Report on the lunatic asylums under the Government of Bombay - 1904-1913
Year: 1904
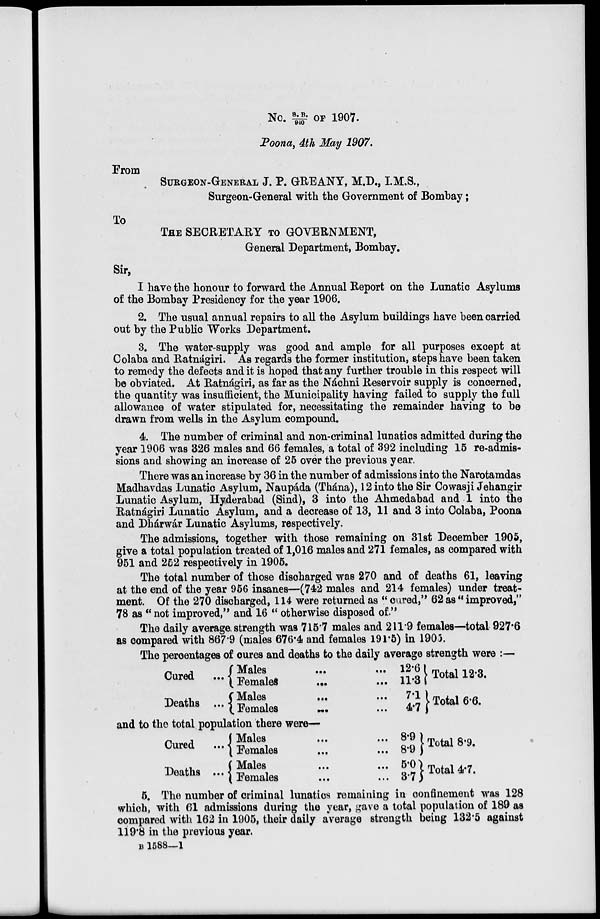
No. S.B/940 OF 1907.
Poona, 4th May 1907.
From
SURGEON-GENERAL J. P. GREANY, M.D., I.M.S.,
Surgeon-General with the Government of Bombay;
To
THE SECRETARY TO GOVERNMENT,
General Department, Bombay.
Sir,
I have the honour to forward the Annual Report on the Lunatic Asylums
of the Bombay Presidency for the year 1906.
2. The usual annual repairs to all the Asylum buildings have been carried
out by the Public Works Department.
3. The water-supply was good and ample for all purposes except at
Colaba and Ratnágiri. As regards the former institution, steps have been taken
to remedy the defects and it is hoped that any further trouble in this respect will
be obviated. At Ratnágiri, as far as the Náchni Reservoir supply is concerned,
the quantity was insufficient, the Municipality having failed to supply the full
allowance of water stipulated for, necessitating the remainder having to be
drawn from wells in the Asylum compound.
4. The number of criminal and non-criminal lunatics admitted during the
year 1906 was 326 males and 66 females, a total of 392 including 15 re-admis-
sions and showing an increase of 25 over the previous year.
There was an increase by 36 in the number of admissions into the Narotamdas
Madhavdas Lunatic Asylum, Naupáda (Thána), 12 into the Sir Cowasji Jehangir
Lunatic Asylum, Hyderabad (Sind), 3 into the Ahmedabad and 1 into the
Ratnágiri Lunatic Asylum, and a decrease of 13, 11 and 3 into Colaba, Poona
and Dhárwár Lunatic Asylums, respectively.
The admissions, together with those remaining on 31st December 1905,
give a total population treated of 1,016 males and 271 females, as compared with
951 and 252 respectively in 1905.
The total number of those discharged was 270 and of deaths 61, leaving
at the end of the year 956 insanes—(742 males and 214 females) under treat-
ment. Of the 270 discharged, 114 were returned as "cured,'' 62 as ''improved,"
78 as '' not improved," and 16 " otherwise disposed of."
The daily average strength was 715.7 males and 211.9 females—total 927.6
as compared with 867.9 (males 676.4 and females 191.5) in 1905.
The percentages of cures and deaths to the daily average strength were :—
Cured
...
Deaths ...
Males
...
...
Females ... ...
Males
...
...
Females ... ...
12.6
11.3
7.1
4.7
Total 12.3.
Total 6.6.
and to the total population there were—
Cured ...
Deaths ...
Males ... ...
Females ... ...
Males ... ...
Females ... ...
8.9
8.9
5.0
3.7
Total 8.9.
Total 4.7.
5. The number of criminal lunatics remaining in confinement was 128
which, with 61 admissions during the year, gave a total population of 189 as
compared with 162 in 1905, their daily average strength being 132.5 against
119.8 in the previous year.
B 1588—1